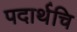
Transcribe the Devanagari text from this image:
पदार्थचि